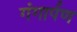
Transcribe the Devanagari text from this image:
गंगार्पण